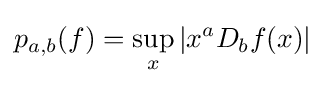
p_{a,b}(f)=\sup _{x}\left|x^{a}D_{b}f(x)\right|